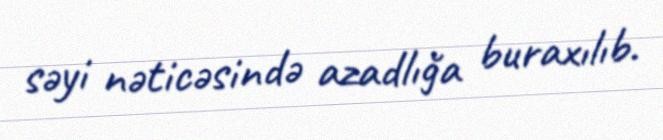
səyi nəticəsində azadlığa buraxılıb.